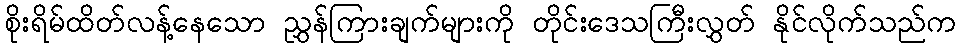
စိုးရိမ်ထိတ်လန့်နေသော ညွှန်ကြားချက်များကို တိုင်းဒေသကြီးလွှတ် နိုင်လိုက်သည်က